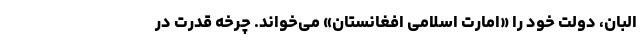
البان، دولت خود را «امارت اسلامی افغانستان» می‌خواند. چرخه قدرت در